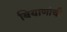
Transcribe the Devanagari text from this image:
बियाणांची